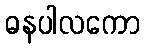
ဓနပါလကော